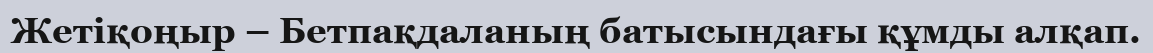
Жетіқоңыр – Бетпақдаланың батысындағы құмды алқап.